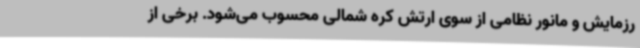
رزمایش و مانور نظامی از سوی ارتش کره شمالی محسوب می‌شود. برخی از